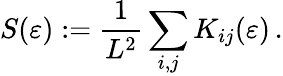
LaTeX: S(\varepsilon):=\frac{1}{L^{2}}\sum_{i,j}K_{ij}(\varepsilon)\, .